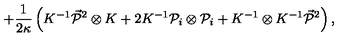
+ \frac 1 { 2 \kappa } \left( K ^ { - 1 } \vec { { \cal P } } { } ^ { 2 } \otimes K + 2 K ^ { - 1 } { \cal P } _ { i } \otimes { \cal P } _ { i } + K ^ { - 1 } \otimes K ^ { - 1 } \vec { { \cal P } } { } ^ { 2 } \right) ,